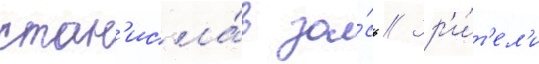
стан'исла́в за́сь // Зр'и́т'ел'и